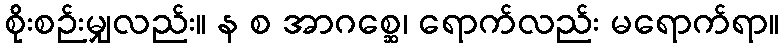
စိုးစဉ်းမျှလည်း။ န စ အာဂစ္ဆေ၊ ရောက်လည်း မရောက်ရာ။